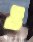
ও